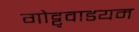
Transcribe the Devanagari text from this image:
गोट्टुवाडयम